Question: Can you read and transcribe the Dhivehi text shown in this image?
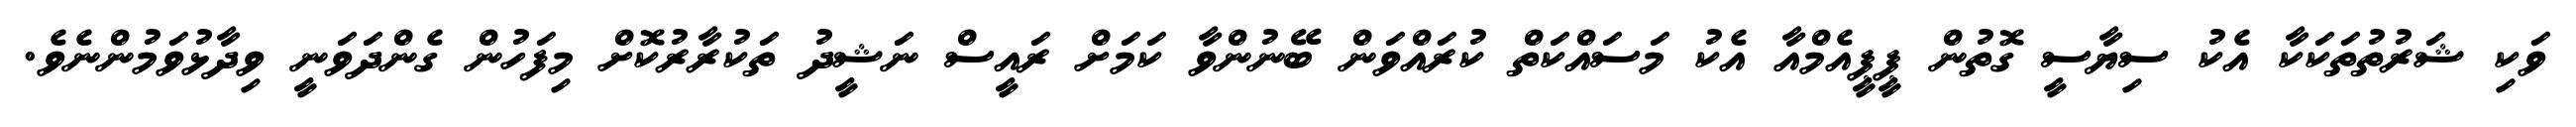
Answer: ވަކި ޝަރުތުތަކަކާ އެކު ސިޔާސީ ގޮތުން ޕީޕީއެމްއާ އެކު މަސައްކަތް ކުރައްވަން ބޭނުންވާ ކަމަށް ރައީސް ނަޝީދު ތަކުރާރުކޮށް މިފަހުން ގެންދަވަނީ ވިދާޅުވަމުންނެވެ.